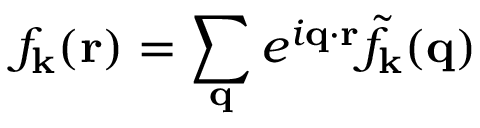
f _ { \mathbf { k } } ( \mathbf { r } ) = \sum _ { \mathbf { q } } e ^ { i \mathbf { q } \cdot \mathbf { r } } \Tilde { f } _ { \mathbf { k } } ( \mathbf { q } )